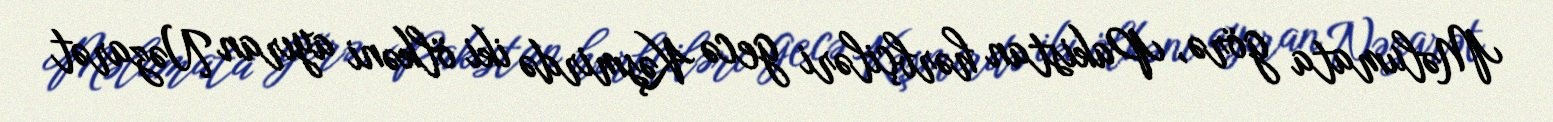
Məlumata görə, Pakistan hərbçiləri gecə Kəşmirdə iki ölkəni ayıran Nəzarət